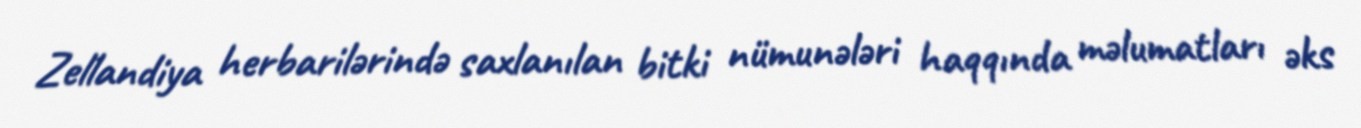
Zellandiya herbarilərində saxlanılan bitki nümunələri haqqında məlumatları əks